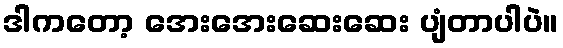
ဒါကတော့ အေးအေးဆေးဆေး ပျံတာပါပဲ။